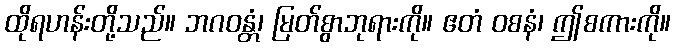
ထိုရဟန်းတို့သည်။ ဘဂဝန္တံ၊ မြတ်စွာဘုရားကို။ ဧတံ ဝစနံ၊ ဤစကားကို။